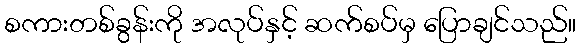
စကားတစ်ခွန်းကို အလုပ်နှင့် ဆက်စပ်မှ ပြောချင်သည်။